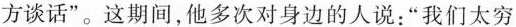
方谈话”。这期间，他多次对身边的人说：”我们太穷